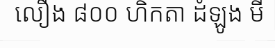
លឿង ៨០០ ហិកតា ដំឡូង មី